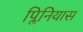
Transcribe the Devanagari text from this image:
प्लिनियास